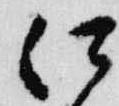
江